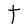
Character: t